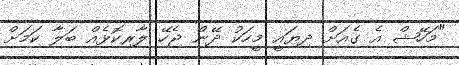
"މަހޭޝް އެ ގެއަށް ދިޔައީ މީހަކު ދޭން ޖެހޭ ލާރިކޮޅެއް ބަލާ ކަމަށް